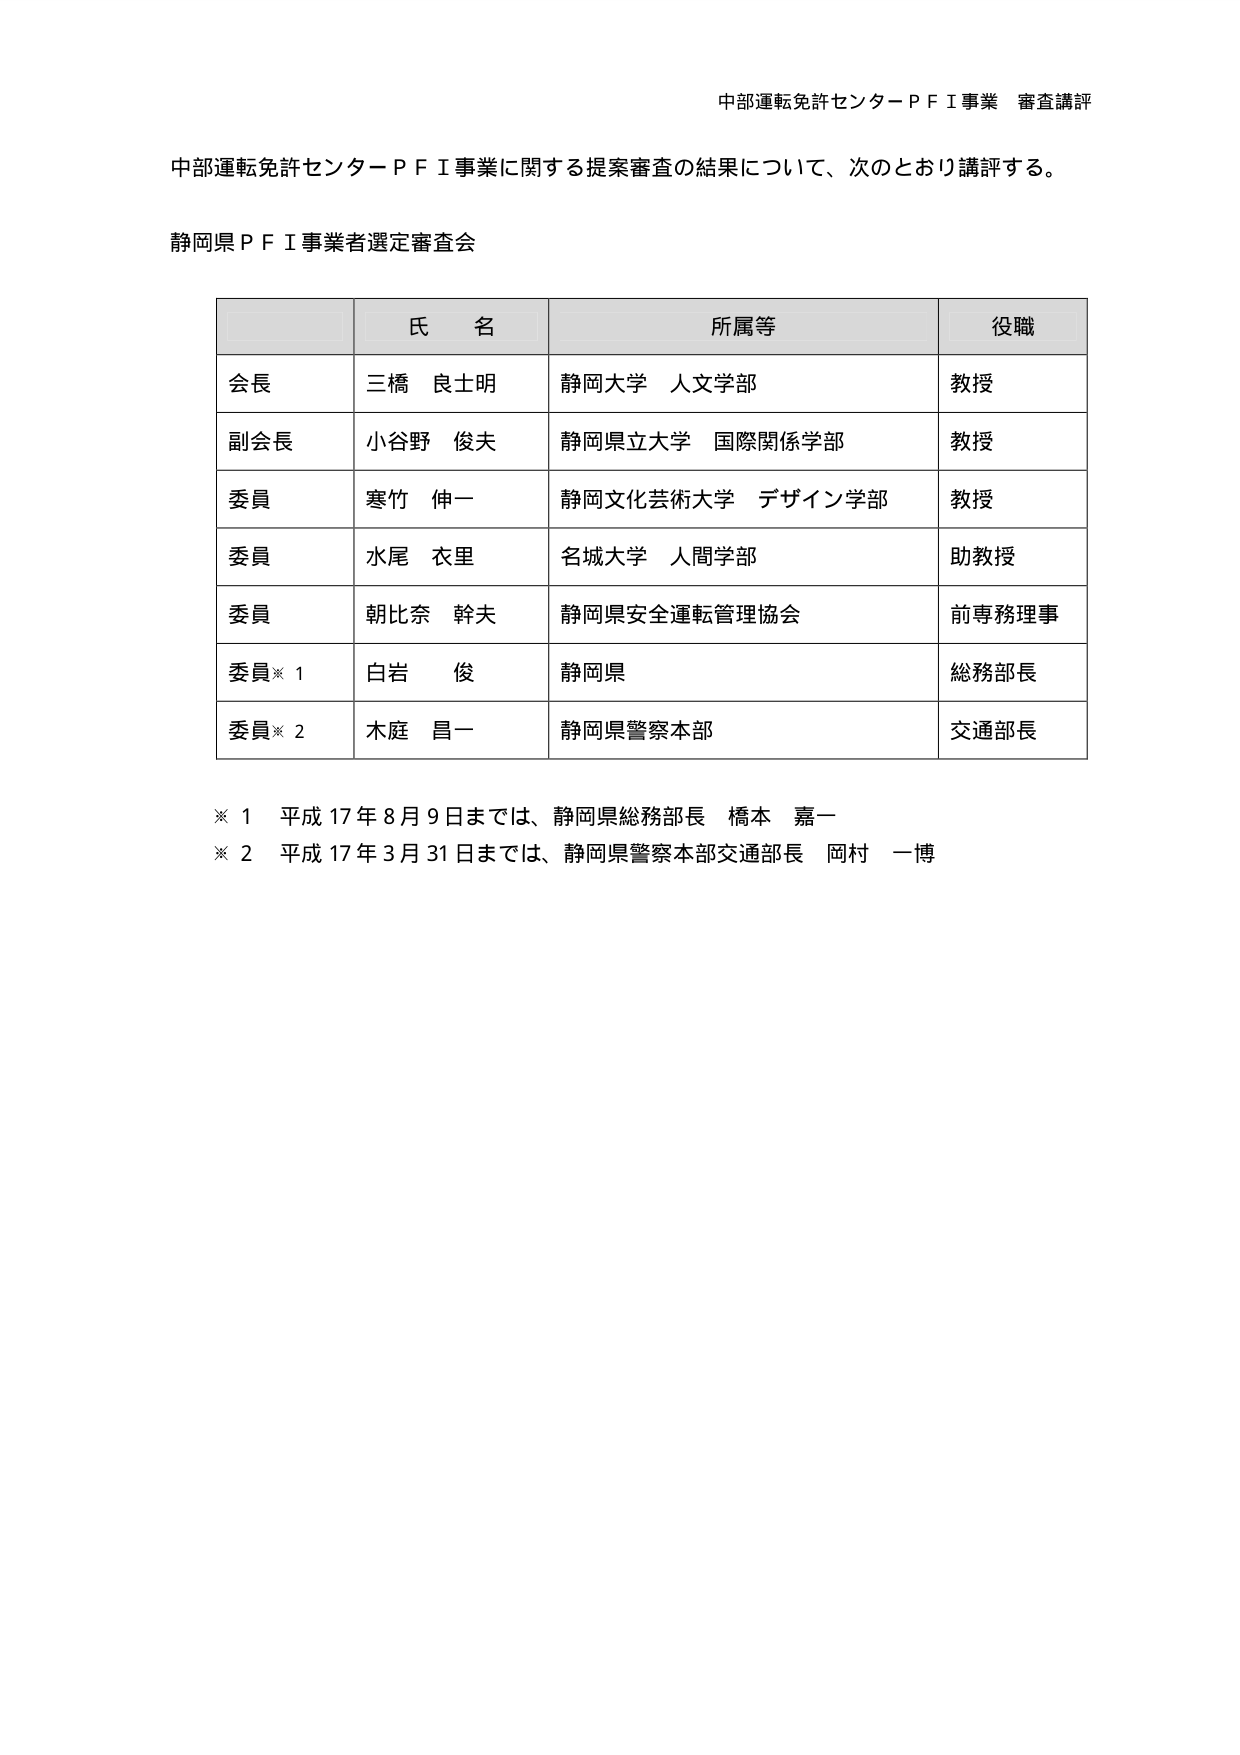
中部運転免許センターＰＦＩ事業 審査講評

中部運転免許センターＰＦＩ事業に関する提案審査の結果について、次のとおり講評する。

静岡県ＰＦＩ事業者選定審査会

| | 氏名 | 所属等 | 役職 |
|---|---|---|---|
| 会長 | 三橋 良士明 | 静岡大学 人文学部 | 教授 |
| 副会長 | 小谷野 俊夫 | 静岡県立大学 国際関係学部 | 教授 |
| 委員 | 寒竹 伸一 | 静岡文化芸術大学 デザイン学部 | 教授 |
| 委員 | 水尾 衣里 | 名城大学 人間学部 | 助教授 |
| 委員 | 朝比奈 幹夫 | 静岡県安全運転管理協会 | 前専務理事 |
| 委員※1 | 白岩 俊 | 静岡県 | 総務部長 |
| 委員※2 | 木庭 昌一 | 静岡県警察本部 | 交通部長 |

※1 平成17年8月9日までは、静岡県総務部長 橋本 嘉一
※2 平成17年3月31日までは、静岡県警察本部交通部長 岡村 一博